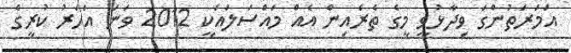
އަމަރަތުންގަ ވިދާޅުވީ މީގެ ތެރެއިން އެއް މައްސަލައަކީ 2012 ވަނަ އަހަރު ކުރީގެ